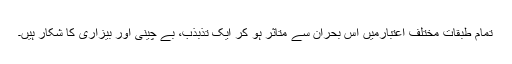
تمام طبقات مختلف اعتبارمیں اس بحران سے متاثر ہو کر ایک تذبذب، بے چینی اور بیزاری کا شکار ہیں۔